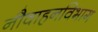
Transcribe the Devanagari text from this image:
नौवाहनविभाग